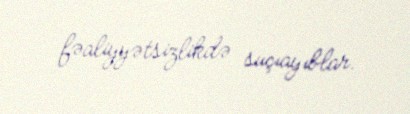
fəaliyyətsizlikdə suçıayıblar.